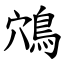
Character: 鴪